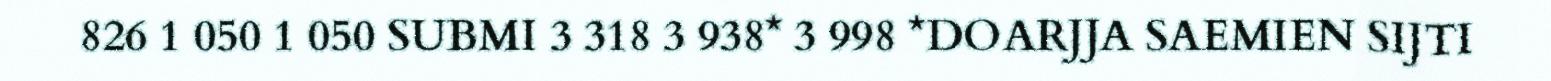
826 1 050 1 050 SUBMI 3 318 3 938* 3 998 *DOARJJA SAEMIEN SIJTI